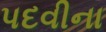
પદવીના